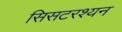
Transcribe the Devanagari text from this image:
सिसटरश्यन